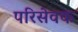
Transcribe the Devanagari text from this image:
परिसेवक